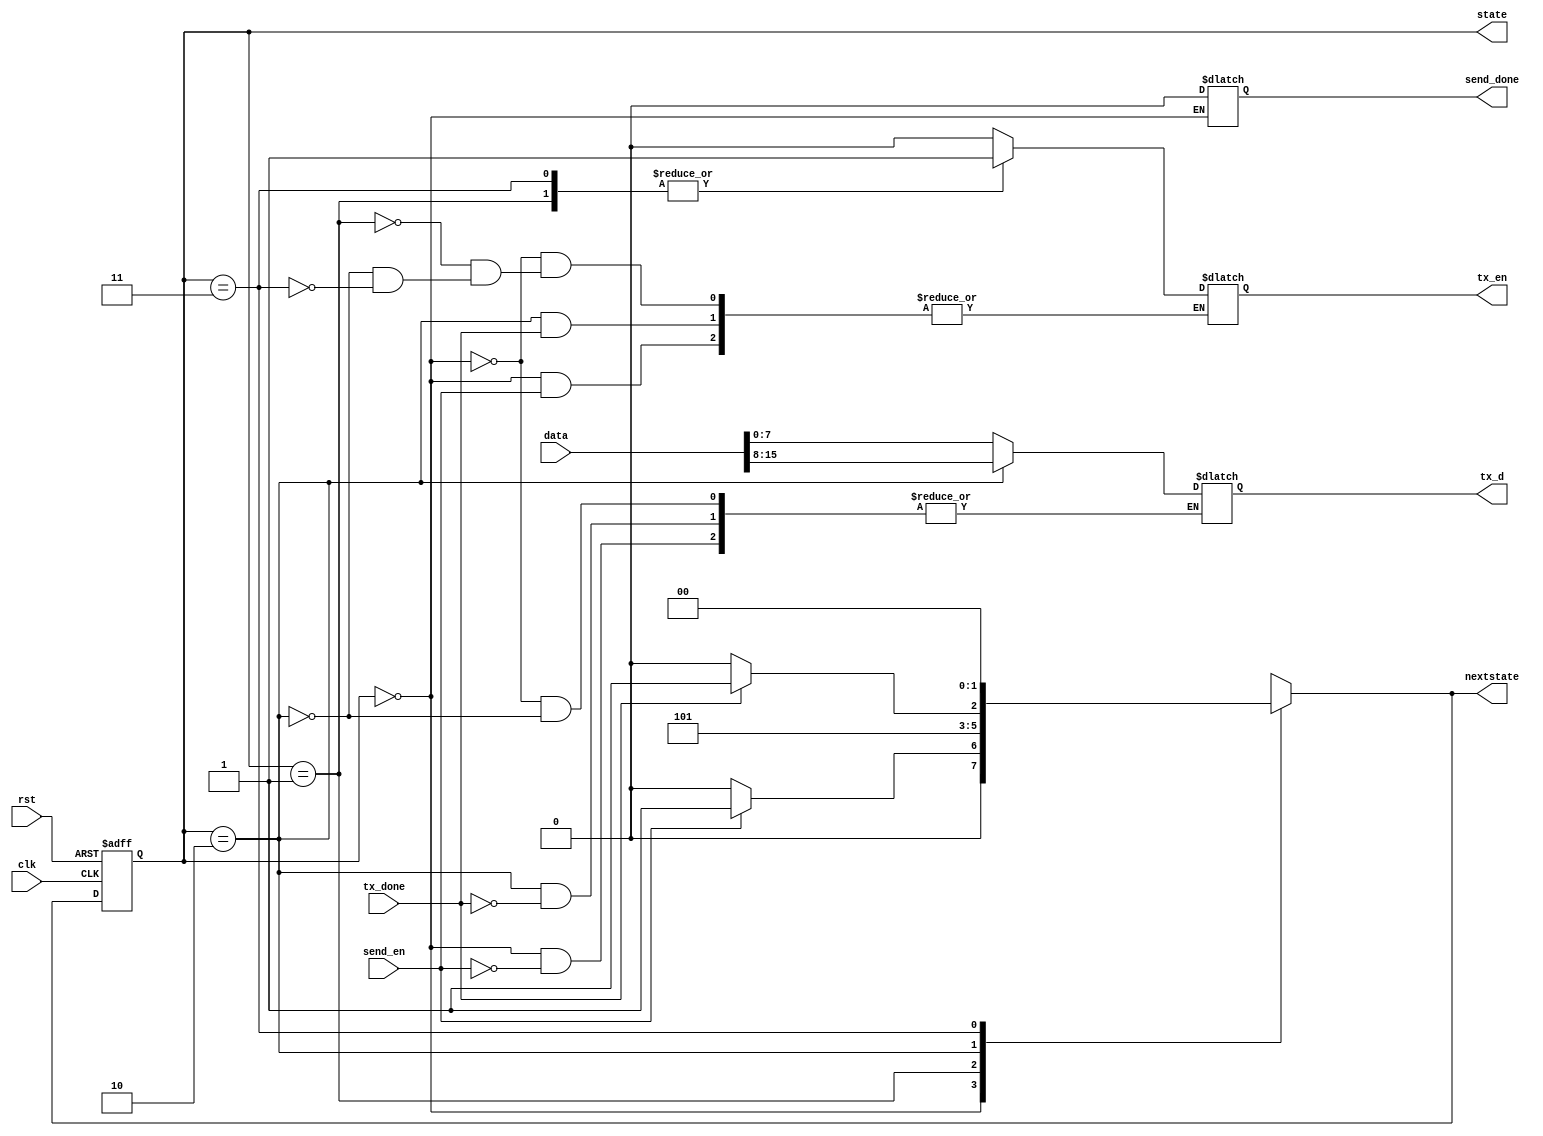
module uart_2byte_controller_withoutHeader(
	input clk,
	input rst,
	input send_en,
	input tx_done,
	input [15:0] data,
	output reg tx_en,
	output reg send_done,
	output reg [7:0] tx_d,	
	output reg [1:0] state,nextstate
	);
	
//	reg [1:0] state,nextstate;

	parameter S0 = 3'b000,S1 = 3'b001,S2 = 3'b010,S3=3'b011,S4=3'b100;

	always @ (posedge clk, posedge rst)
		if (rst) state <= S0;
		else state <= nextstate;
	
	always @ (*)
		case (state)
			S0:begin
				send_done <= 0;
				if (send_en) begin
					tx_d <= data[7:0];
//					tx_en <= 1;
					nextstate <= S1;
				end
				else begin
					tx_d <= tx_d;
					tx_en <= 0;
					nextstate <= S0;
				end
			end
			
			S1:begin				
					tx_en <= 1;
					nextstate <= S2;				
			end
			
			S2:begin
				if (tx_done) begin
					tx_d <= data[15:8];
//					tx_en <= 1;
					nextstate <= S3;
				end
				else begin
					tx_d <= tx_d;
					tx_en <= 0;
					nextstate <= S2;
				end
			end
			
				
			S3:begin				
					tx_en <= 1;
					nextstate <= S4;				
			end
			
			S4:begin
				if (tx_done) begin
					tx_en <= 0;
					send_done <= 1;
					nextstate <= S0;
				end
				else begin
					tx_d <= tx_d;
					tx_en <= 0;
					nextstate <= S4;
				end
			end
			default: ;
		endcase
		
endmodule